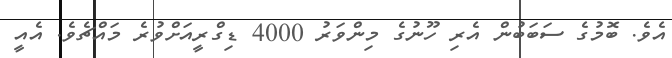
އެވެ. ބޮމުގެ ސަބަބުން އެރި ހޫނުގެ މިންވަރު 4000 ޑިގްރީއަށްވުރެ މައްޗެވެ. އެއީ